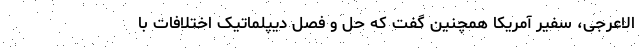
الاعرجی، سفیر آمریکا همچنین گفت که حل و فصل دیپلماتیک اختلافات با